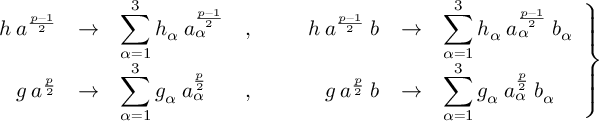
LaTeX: \left. \begin{array} { r c l c r c l } { { h \: a ^ { \frac { p - 1 } { 2 } } } } & { { \rightarrow } } & { { \displaystyle \sum _ { \alpha = 1 } ^ { 3 } h _ { \alpha } \: a _ { \alpha } ^ { \frac { p - 1 } { 2 } } } } & { { , \; \; \; \; \; \; } } & { { h \: a ^ { \frac { p - 1 } { 2 } } \: b } } & { { \rightarrow } } & { { \displaystyle \sum _ { \alpha = 1 } ^ { 3 } h _ { \alpha } \: a _ { \alpha } ^ { \frac { p - 1 } { 2 } } \: b _ { \alpha } } } \\ { { g \: a ^ { \frac { p } { 2 } } } } & { { \rightarrow } } & { { \displaystyle \sum _ { \alpha = 1 } ^ { 3 } g _ { \alpha } \: a _ { \alpha } ^ { \frac { p } { 2 } } } } & { { , \; \; \; \; \; \; } } & { { g \: a ^ { \frac { p } { 2 } } \: b } } & { { \rightarrow } } & { { \displaystyle \sum _ { \alpha = 1 } ^ { 3 } g _ { \alpha } \: a _ { \alpha } ^ { \frac { p } { 2 } } \: b _ { \alpha } } } \end{array} \right\}